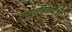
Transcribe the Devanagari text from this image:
आईवडिलांपैकी